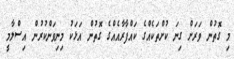
މި ގޮތުން ވަރަށް ގިނަ ކުށްތަކެއްގެ ކައްފާރާއެއްގެ ގޮތުން އަޅަކު މިނިވަންކުރުން އިސްލާމީ